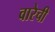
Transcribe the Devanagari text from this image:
वारेची